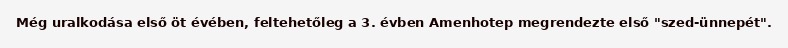
Még uralkodása első öt évében, feltehetőleg a 3. évben Amenhotep megrendezte első "szed-ünnepét".